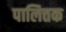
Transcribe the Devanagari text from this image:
पालित्तक